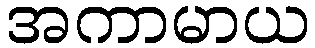
အကာမာယ